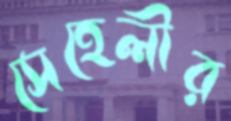
সেহেলীর